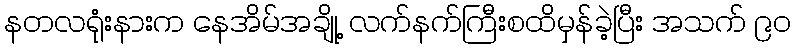
နတလရုံးနားက နေအိမ်အချို့ လက်နက်ကြီးစထိမှန်ခဲ့ပြီး အသက် ၉၀